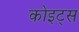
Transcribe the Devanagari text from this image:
कोइट्स